Civil Veterinary Dept. Bombay admin report 1932-41 - 1932-1941
Year: 1932
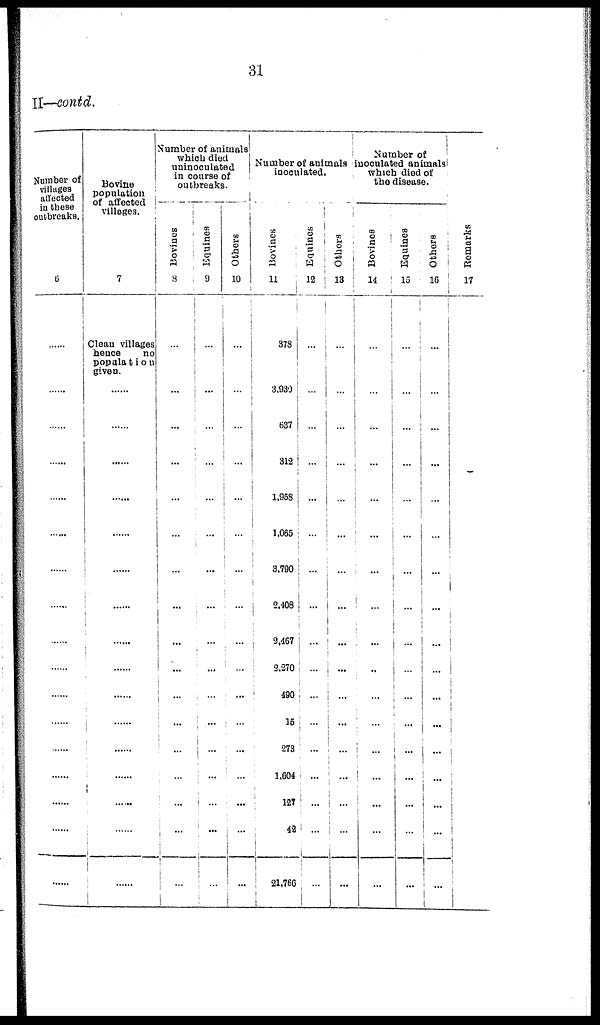
31
II—contd.
Number of
villages
affected
in these
outbreaks.
6
......
......
......
......
......
......
......
......
......
......
......
......
......
......
......
......
......
Bovine
population
of affected
villages.
7
Clean villages
hence
no
population
given.
......
......
......
......
......
......
......
......
......
......
......
......
......
......
......
......
Number of animals
which
died
uninoculated
in course of
outbreaks.
Bovines
8
...
...
...
...
...
...
...
...
...
...
...
...
...
...
...
...
...
Equines
9
...
...
...
...
...
...
...
...
...
...
...
...
...
...
...
...
...
Others
10
...
...
...
...
...
...
...
...
...
...
...
...
...
...
...
...
...
Number of animals
inoculated.
Bovines
11
373
3,930
637
312
1,953
1,065
3,790
2,408
2,467
2,270
490
16
273
1,604
127
42
21,766
Equines
12
...
...
...
...
...
...
...
...
...
...
...
...
...
...
...
...
...
Others
13
...
...
...
...
...
...
...
...
...
...
...
...
...
...
...
...
...
Number of
inoculated animals
which died of
the disease.
Bovines
14
...
...
...
...
...
...
...
...
...
...
...
...
...
...
...
...
...
Equines
15
...
...
...
...
...
...
...
...
...
...
...
...
...
...
...
...
...
Othere
16
...
...
...
...
...
...
...
...
...
...
...
...
...
...
...
...
...
Remarks
17